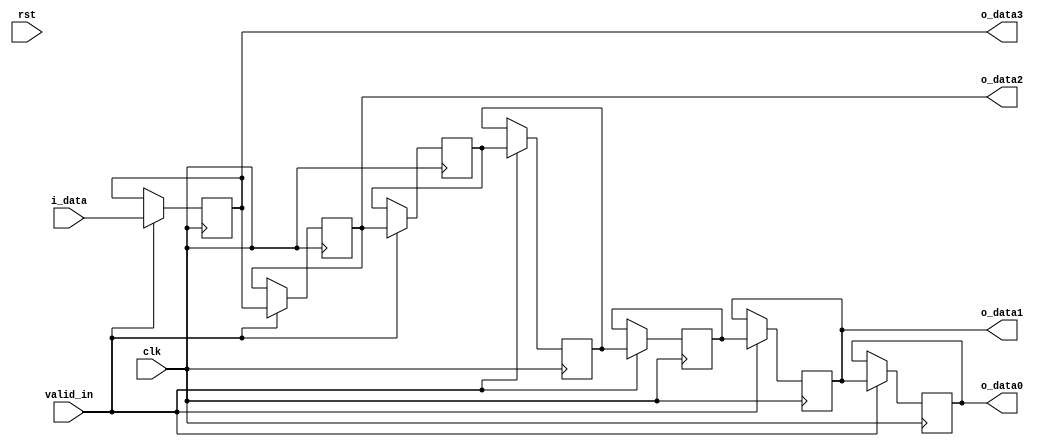

module lineMax#(
  parameter DATA_WIDTH = 32,
  parameter WIDTH = 5
)(
  output [DATA_WIDTH-1:0] o_data0,o_data1,o_data2,o_data3,
  input  [DATA_WIDTH-1:0] i_data,
  input            valid_in, clk, rst          
);
  
  parameter DIN = WIDTH + 2;
  reg [DATA_WIDTH-1:0] regs[0:DIN-1];

  genvar i;
  generate 
      for (i=0; i < DIN; i = i + 1)begin
          always @(posedge clk) begin
              if (valid_in)begin
                  if(i == 0)
                      regs[i] <= i_data;    
                  else
                      regs[i] <= regs[i-1];
              end
         end
     end
  endgenerate
  
  
          assign o_data0 = regs[DIN-1];
          assign o_data1 = regs[DIN-2];
          assign o_data2 = regs[1];
          assign o_data3 = regs[0];

endmodule